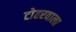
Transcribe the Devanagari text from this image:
टोहरवाला